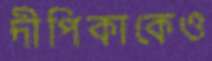
দীপিকাকেও